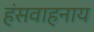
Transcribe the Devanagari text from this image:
हंसवाहनाय